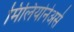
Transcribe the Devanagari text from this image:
मिलियोनेअर्स